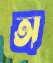
অ